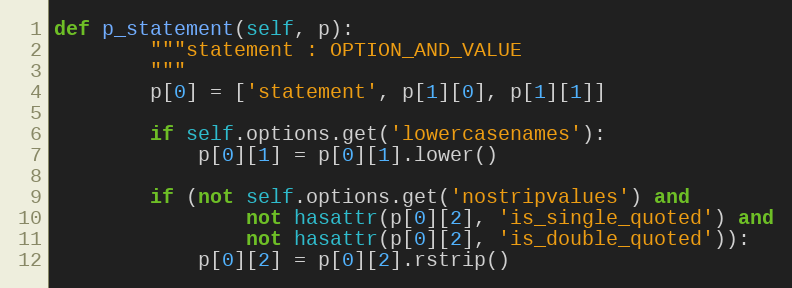
Language: Python
def p_statement(self, p):
        """statement : OPTION_AND_VALUE
        """
        p[0] = ['statement', p[1][0], p[1][1]]

        if self.options.get('lowercasenames'):
            p[0][1] = p[0][1].lower()

        if (not self.options.get('nostripvalues') and
                not hasattr(p[0][2], 'is_single_quoted') and
                not hasattr(p[0][2], 'is_double_quoted')):
            p[0][2] = p[0][2].rstrip()